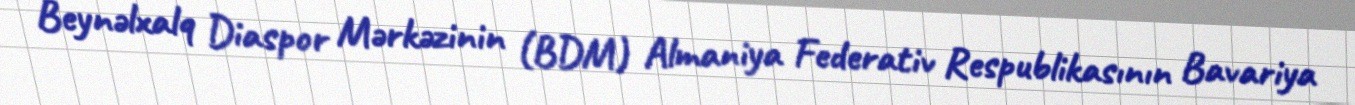
Beynəlxalq Diaspor Mərkəzinin (BDM) Almaniya Federativ Respublikasının Bavariya